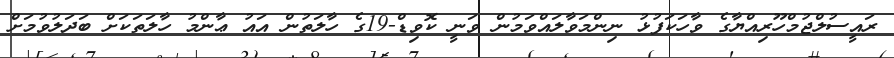
ރައީސުލްޖުމްހޫރިއްޔާގެ ވާހަކަފުޅު ނިންމަވާލައްވަމުން ވަނީ ކޮވިޑް-19ގެ ހާލަތުން އައު ޢާންމު ހާލަތަކަށް ބަދަލުވުމަށް